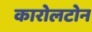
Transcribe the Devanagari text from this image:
कारोलटोन